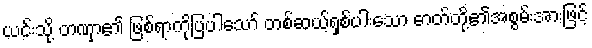
ယင်းသို့ တဏှာ၏ ဖြစ်ရာကိုပြပါသော် တစ်ဆယ့်ရှစ်ပါးသော ဓာတ်တို့၏အစွမ်းအားဖြင့်